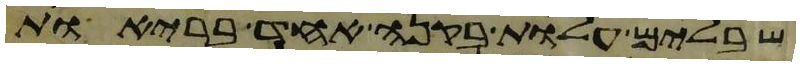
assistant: שבלים עלות בקנה אחד בריות